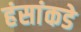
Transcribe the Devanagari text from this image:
हंसांकडे